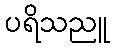
ပရိသညူ